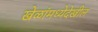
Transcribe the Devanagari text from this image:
खेळांमध्येदेखील